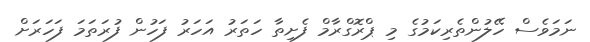
ނަމަވެސް ހޭލުންތެރިކަމުގެ މި ޕްރޮގްރާމް ފެށިތާ ހަތަރު އަހަރު ފަހުން ފުރަތަމަ ފަހަރަށް